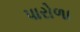
પારોળા